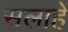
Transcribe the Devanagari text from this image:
सलाहें